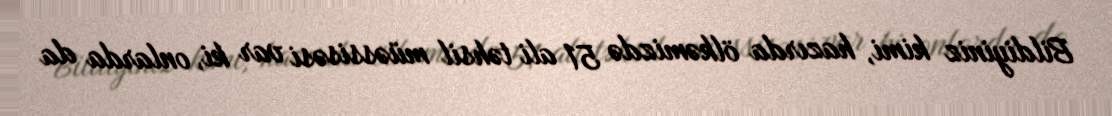
Bildiyiniz kimi, hazırda ölkəmizdə 51 ali təhsil müəssisəsi var ki, onlarda da